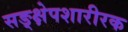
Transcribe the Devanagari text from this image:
सङ्क्षेपशारीरक